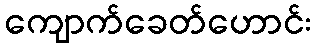
ကျောက်ခေတ်ဟောင်း